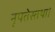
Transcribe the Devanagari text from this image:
नृपतेस्तथा।